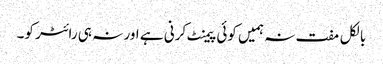
بالکل مفت نہ ہمیں کوئی پیمنٹ کرنی ہے اور نہ ہی رائٹر کو۔